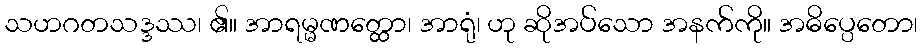
သဟဂတသဒ္ဒဿ၊ ၏။ အာရမ္မဏတ္ထော၊ အာရုံ၊ ဟု ဆိုအပ်သော အနက်ကို။ အဓိပ္ပေတော၊